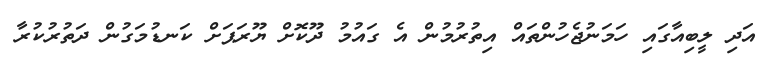
އަދި ލީބިއާގައި ހަމަނުޖެހުންތައް އިތުުރުމުން އެ ގައުމު ދޫކޮށް ޔޫރަޕަށް ކަނޑުމަގުން ދަތުުރުކުރާ